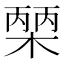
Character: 𭫒